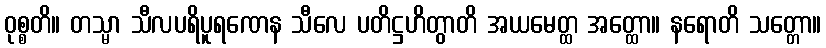
ဝုစ္စတိ။ တသ္မာ သီလပရိပူရဏေန သီလေ ပတိဋ္ဌဟိတွာတိ အယမေတ္ထ အတ္ထော။ နရောတိ သတ္တော။